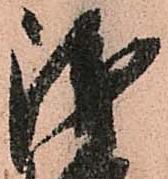
浅